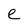
Character: e